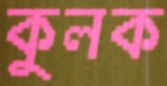
কুলক